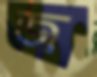
জ